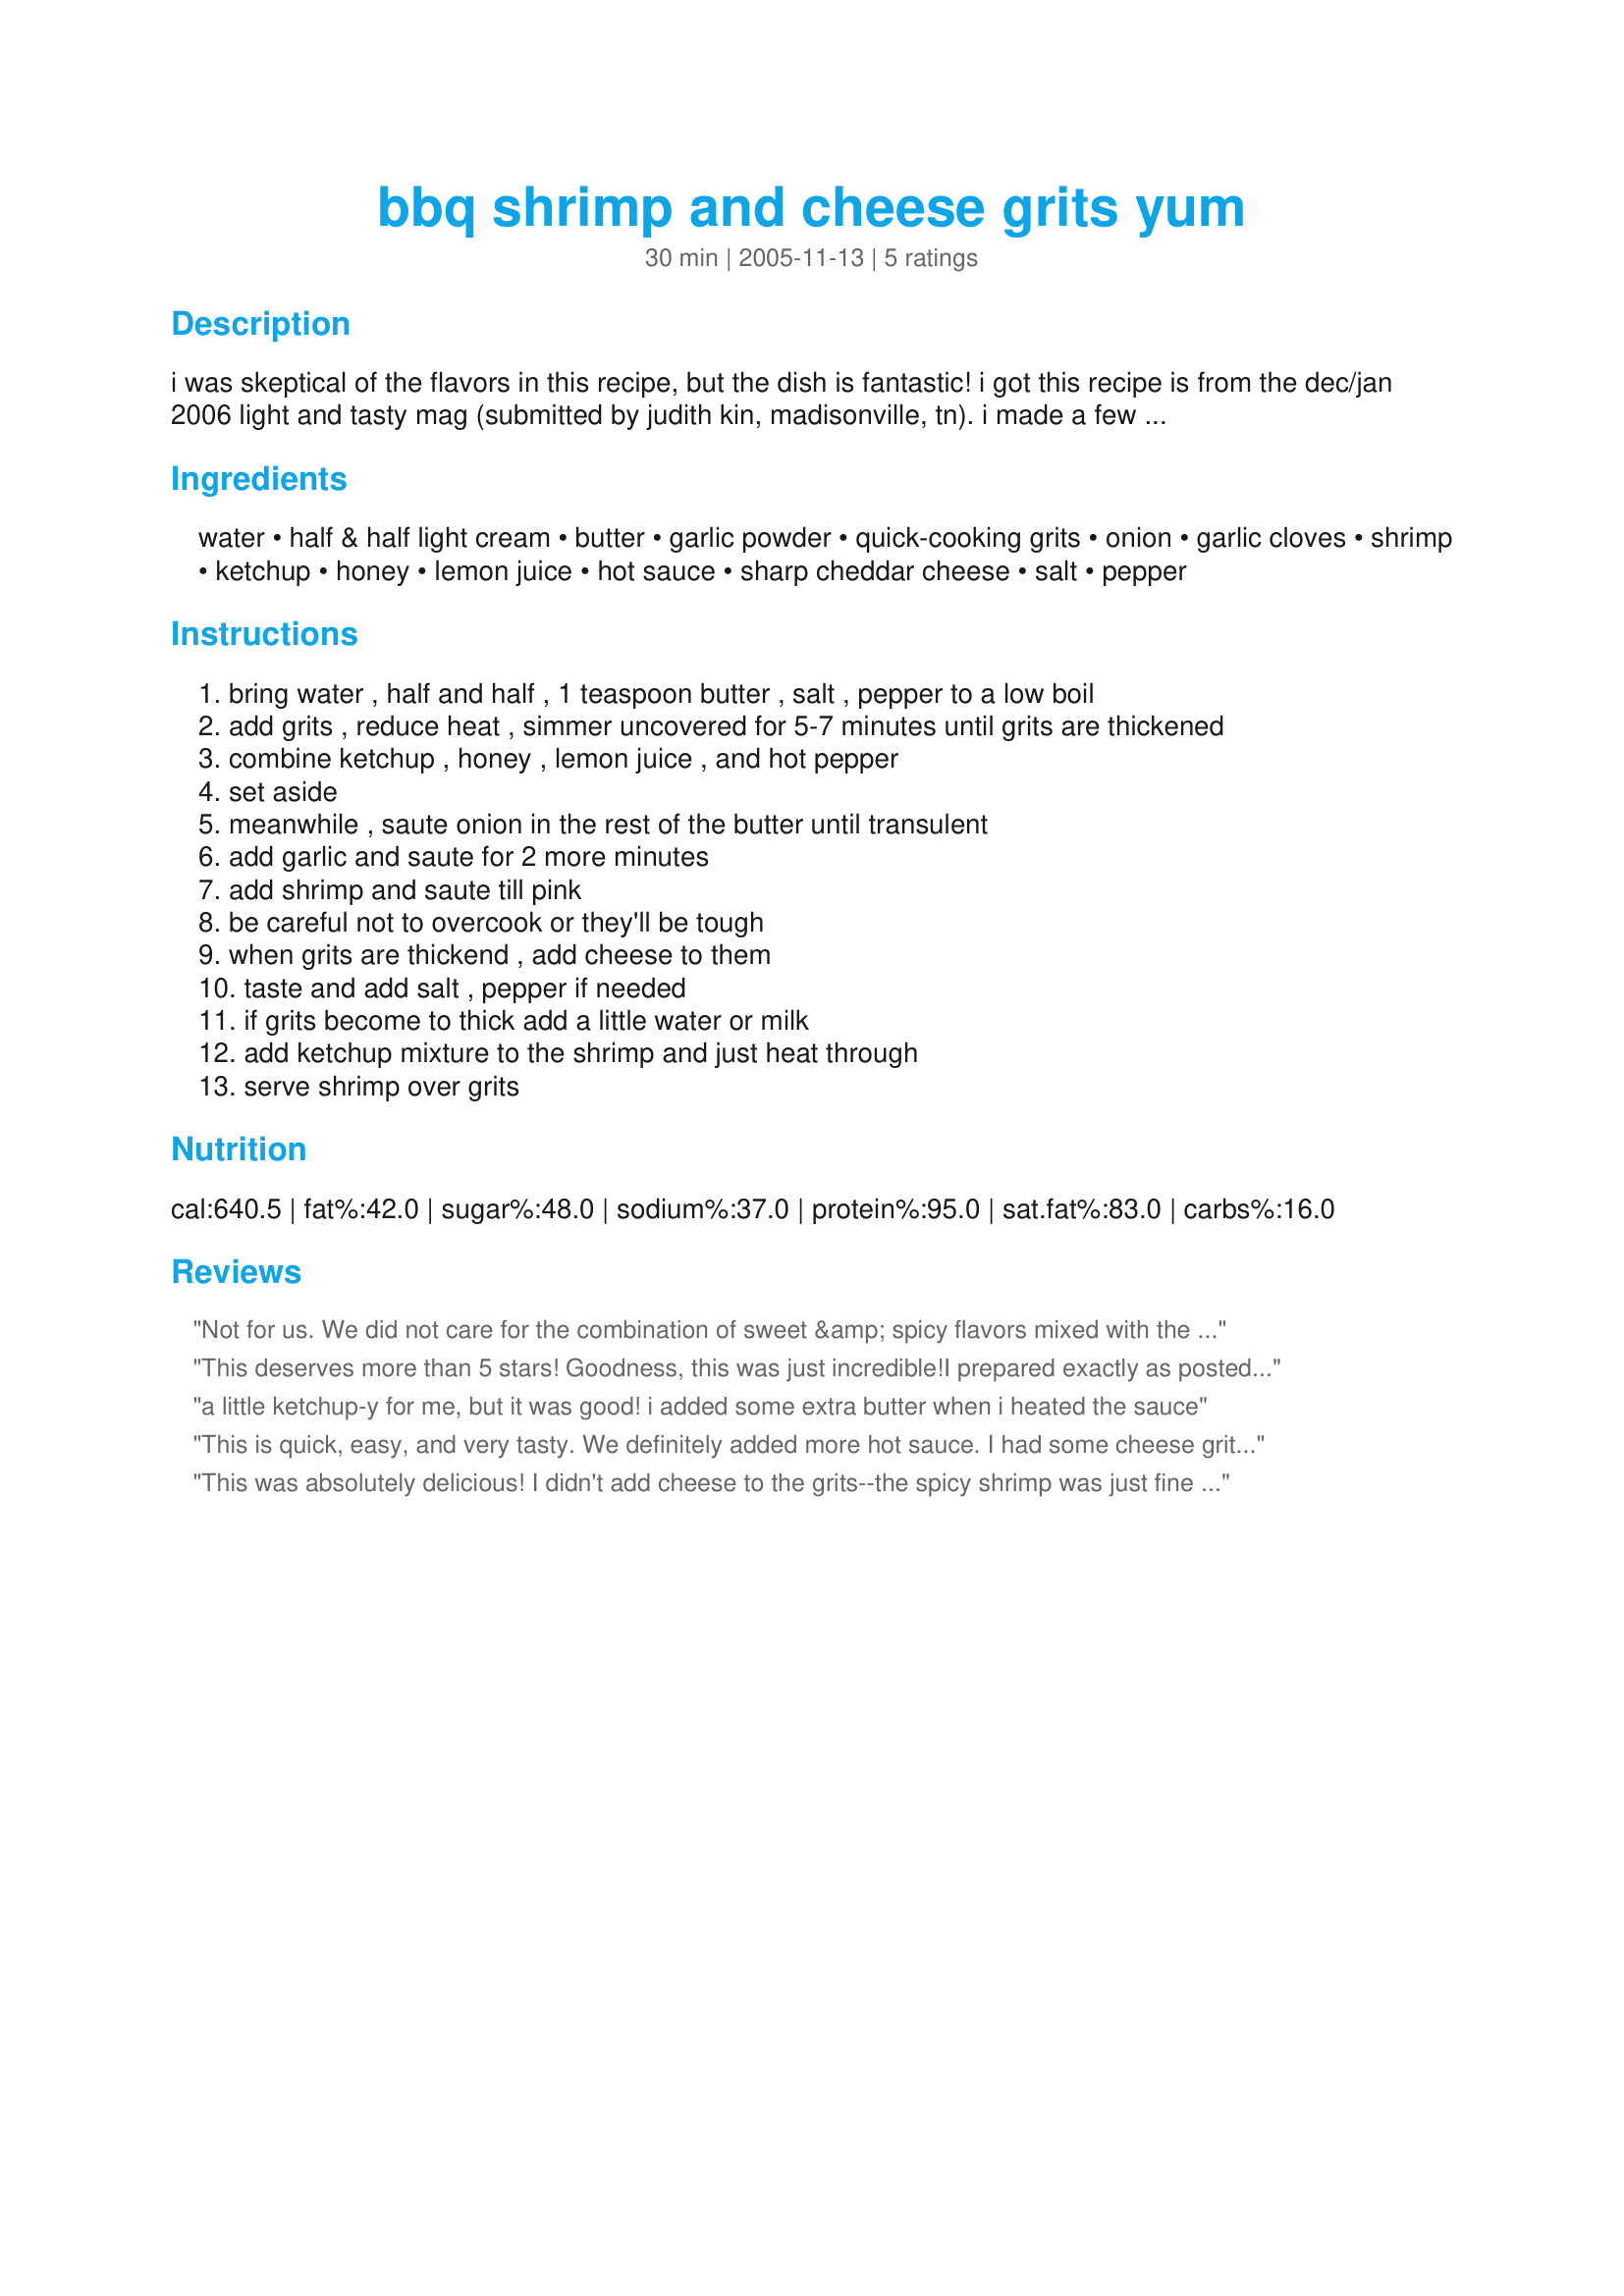
bbq shrimp and cheese grits yum
Preparation time: 30 minutes

i was skeptical of the flavors in this recipe, but the dish is fantastic! i got this recipe is from the dec/jan 2006 light and tasty mag (submitted by judith kin, madisonville, tn). i made a few changes, but overall the recipe is hers. i can't take credit for it. thanks judith!!

Ingredients:
water, half & half light cream, butter, garlic powder, quick-cooking grits, onion, garlic cloves, shrimp, ketchup, honey, lemon juice, hot sauce, sharp cheddar cheese, salt, pepper

Steps:
bring water , half and half , 1 teaspoon butter , salt , pepper to a low boil
add grits , reduce heat , simmer uncovered for 5-7 minutes until grits are thickened
combine ketchup , honey , lemon juice , and hot pepper
set aside
meanwhile , saute onion in the rest of the butter until transulent
add garlic and saute for 2 more minutes
add shrimp and saute till pink
be careful not to overcook or they'll be tough
when grits are thickend , add cheese to them
taste and add salt , pepper if needed
if grits become to thick add a little water or milk
add ketchup mixture to the shrimp and just heat through
serve shrimp over grits

Reviews:
Not for us. We did not care for the combination of sweet &amp; spicy flavors mixed with the (way too) creamy grits. The flavor of the grits was good, but not with the tangy(?) BBQ sauce.
This deserves more than 5 stars! Goodness, this was just incredible!I prepared exactly as posted. Next time I will be braver and use more hot sauce. I served this with garlic bread, tossed salad and green beans. Thanks for an awesome recipe!
a little ketchup-y for me, but it was good! i added some extra butter when i heated the sauce
This is quick, easy, and very tasty. We definitely added more hot sauce. I had some cheese grits left over from a brunch, so I used them and just made the shrimp and sauce part. Thanks for posting.
This was absolutely delicious! I didn't add cheese to the grits--the spicy shrimp was just fine with the creamy grits. Thanks! This is a keeper.
